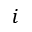
i